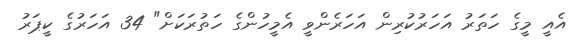
އެއީ މީގެ ހަތަރު އަހަރުކުރިން އަހަރެންވީ އެމީހުންގެ ހަތުރަކަށް" 34 އަހަރުގެ ކީޕަރު